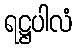
ရဋ္ဌပါလံ